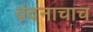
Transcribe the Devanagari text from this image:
वंदनाचाच